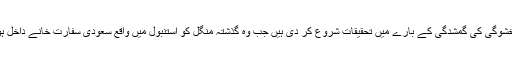
ترکی میں حکام نے معروف سعودی صحافی جمال خشوگی کی گمشدگی کے بارے میں تحقیقات شروع کر دی ہیں جب وہ گذشتہ منگل کو استنبول میں واقع سعودی سفارت خانے داخل ہوئے تھے لیکن پھر اس کے بعد سے نظر نہیں آئے۔